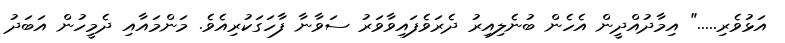
އަޅުވެރި....." އިމާދުއްދީން އެހެން ބުނެލިއިރު ދެރަވެފައިވާވަރު ސަވާނާ ފާހަގަކުރިއެވެ. މަންމައާއި ދެމީހުން އަބަދު